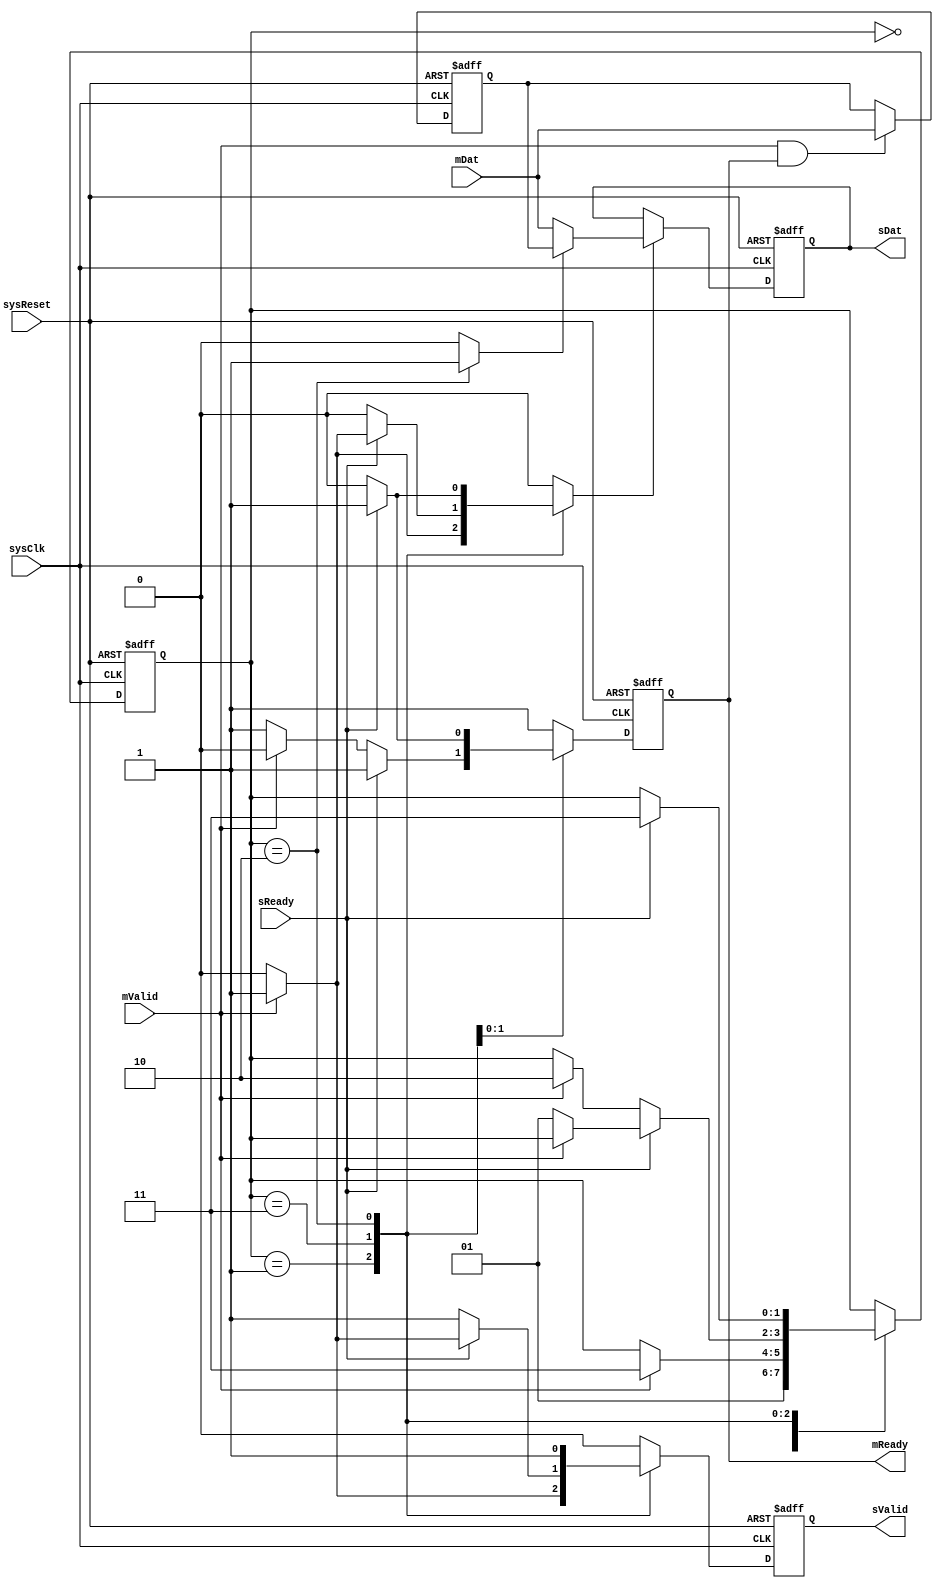
`timescale 1ns / 1ns
///////////////////////////////////////////////////////////////////////////////////////////////////
// Company: MICROSEMI
//
// IP Core: COREAXI4INTERCONNECT
//
//  Description  : The AMBA AXI4 Interconnect core connects one or more AXI memory-mapped master devices to one or
//                 more memory-mapped slave devices. The AMBA AXI protocol supports high-performance, high-frequency
//                 system designs.
//
//     Abstract  : This file provides full 2-stage register slice which adds 1 cycle latency but
//                 no bubble cycles between transactions.   
//
//  COPYRIGHT 2017 BY MICROSEMI 
//  THE INFORMATION CONTAINED IN THIS DOCUMENT IS SUBJECT TO LICENSING RESTRICTIONS 
//  FROM MICROSEMI CORP.  IF YOU ARE NOT IN POSSESSION OF WRITTEN AUTHORIZATION FROM 
//  MICROSEMI FOR USE OF THIS FILE, THEN THE FILE SHOULD BE IMMEDIATELY DESTROYED AND 
//  NO BACK-UP OF THE FILE SHOULD BE MADE. 
//
//
/////////////////////////////////////////////////////////////////////////////////////////////////// 

module caxi4interconnect_RegSliceFull #

	(
  		parameter integer 	CHAN_WIDTH 			= 5			//  the number of channel signals to register (outside of Valid & Ready) 
	)
	
	(

		input  wire			sysClk,
		input  wire         sysReset,						// active high reset - async assert and sync to sysClk deassert
  
		//========================= to/from Master and Slave Ports ================================================//
   
		input wire [CHAN_WIDTH-1:0]		mDat,				// channel data signals to register from "master" or "source"
		input wire        				mValid,				// indicates when mDat is valid
		output reg						mReady,				// indicates when taking data from "master" or "source"
		
		output reg [CHAN_WIDTH-1:0]		sDat,				// channel data signals registered to "slave" or "sink"
		output reg						sValid,				// indicates when sDat is valid
		input wire						sReady				// indicates when slave/sink taking sDat
    
	);
	
	//===============================================================================================================
	// Local Declarations
	//===============================================================================================================
	
	reg [CHAN_WIDTH-1:0]	holdDat;						// holding register for mDat - for when slave/sink not ready
	reg						sDatEn;							// latch next data into sDat
	reg						holdDatSel;
	
	
	//============================================================================================
	// Declare state machine variables
	//============================================================================================
	localparam [1:0]	IDLE = 2'b00, NO_DAT = 2'b01,	ONE_DAT = 2'b11, 	TWO_DAT = 2'b10;
	
	reg [1:0]	currState, nextState;
	reg			d_mReady, d_sValid;
	
	
	//============================================================================================
	// holdDat holds mDat when sink is not ready to take sDat - allows master/source to move on
	// while not losing data.
	//============================================================================================
	always @(posedge sysClk or negedge sysReset )
		begin
			if (!sysReset)
				holdDat <= 0;
			else if ( mValid & mReady )
				holdDat <= mDat;
		end

	
	//=============================================================================================
	// sDat has mDat clocked in or holdDat if slave/sink was not ready.
	//=============================================================================================
	always @(posedge sysClk or negedge sysReset )
		begin
			if (!sysReset)
				sDat <= 0;
			else if ( sDatEn )			// if s/m says load next data
				begin
					sDat <= holdDatSel 	? holdDat : mDat;		// normally clock in mDat but if had been held off due to slave 
																// not ready, take from holding register
				end
		end
		
		
	//===============================================================================================
	// Control State machine
	//===============================================================================================
	always @( * )
		begin
		
			d_mReady <= 1;
			d_sValid <= 0;
			
			holdDatSel	<= 0;
			sDatEn		<= 0;
			
			nextState <= currState;
		
			case ( currState )
				IDLE:	
						begin					// this state ensures that we mReady is always desserted as we exit reset
							nextState <= NO_DAT;
						end
				NO_DAT:
						begin
							
							if ( mValid )			// if master/source has data for us
								begin
									sDatEn		<= 1'b1;	// latch for slave/sink
									d_sValid 	<= 1'b1;	// indicate to slave that data available
									
									nextState 	<= ONE_DAT;
								end
						end
				ONE_DAT:
						begin
						
							if ( sReady )			// if slave/sink is taking available data
								begin
								
									if ( mValid )	// if source has another data available
										begin
											sDatEn 		<= 1'b1;
											d_sValid 	<= 1'b1;
										end
									else
										begin
											nextState	<= NO_DAT;
										end
								end
							else
								begin
									d_sValid	<= 1'b1;
									
									if ( mValid )
										begin
											d_mReady	<= 1'b0;		// stop mReady as pipe full
											nextState	<= TWO_DAT;
										end
									else
										begin
											d_mReady	<= 1'b1;
										end

								end
						end
				TWO_DAT:
						begin
							holdDatSel 	<= 1;
							d_sValid	<= 1'b1;
							d_mReady	<= 1'b0;
							
							if ( sReady )
								begin
									sDatEn 		<= 1'b1;
									d_mReady	<= 1'b1;
									
									nextState	<= ONE_DAT;
								end
						end
				default:
					begin
						nextState	<= 2'bxx;
						sDatEn		<= 1'bx;
						holdDatSel	<= 1'bx;
						
						d_mReady	<= 1'bx;
						d_sValid	<= 1'bx;
						
					end
			endcase
	
		end
							
	//===================================================================================================
	// Sequential part of s/m
	//===================================================================================================
	always @(posedge sysClk or negedge sysReset )
		begin
			if (!sysReset)
				begin
					currState	<= IDLE;
				
					mReady	<= 1'b0;
					sValid	<= 1'b0;
				end
			else
				begin
					currState	<= nextState;
				
					mReady	<= d_mReady;
					sValid	<= d_sValid;
				end
				
		end
					
				
		
		
		
endmodule		// caxi4interconnect_RegSliceFull.v